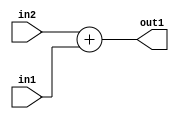
`timescale 1ps / 1ps
/*****************************************************************************
    Verilog RTL Description
    
    
    Created by: Stratus DpOpt 2019.1.01 
*******************************************************************************/

module DC_Filter_Add_3Ux2U_4U_4 (
	in2,
	in1,
	out1
	); /* architecture "behavioural" */ 
input [2:0] in2;
input [1:0] in1;
output [3:0] out1;
wire [3:0] asc001;

assign asc001 = 
	+(in2)
	+(in1);

assign out1 = asc001;
endmodule

/* CADENCE  urnxTQw= : u9/ySgnWtBlWxVPRXgAZ4Og= ** DO NOT EDIT THIS LINE ******/